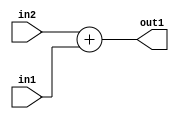
`timescale 1ps / 1ps
/*****************************************************************************
    Verilog RTL Description
    
    
    Created by: Stratus DpOpt 2019.1.01 
*******************************************************************************/

module DC_Filter_Add_3Ux2U_4U_4 (
	in2,
	in1,
	out1
	); /* architecture "behavioural" */ 
input [2:0] in2;
input [1:0] in1;
output [3:0] out1;
wire [3:0] asc001;

assign asc001 = 
	+(in2)
	+(in1);

assign out1 = asc001;
endmodule

/* CADENCE  urnxTQw= : u9/ySgnWtBlWxVPRXgAZ4Og= ** DO NOT EDIT THIS LINE ******/